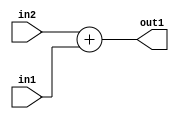
`timescale 1ps / 1ps
/*****************************************************************************
    Verilog RTL Description
    
    
    Created by: Stratus DpOpt 2019.1.01 
*******************************************************************************/

module DC_Filter_Add_3Ux2U_4U_4 (
	in2,
	in1,
	out1
	); /* architecture "behavioural" */ 
input [2:0] in2;
input [1:0] in1;
output [3:0] out1;
wire [3:0] asc001;

assign asc001 = 
	+(in2)
	+(in1);

assign out1 = asc001;
endmodule

/* CADENCE  urnxTQw= : u9/ySgnWtBlWxVPRXgAZ4Og= ** DO NOT EDIT THIS LINE ******/